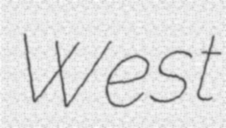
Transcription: West